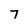
Character: 7